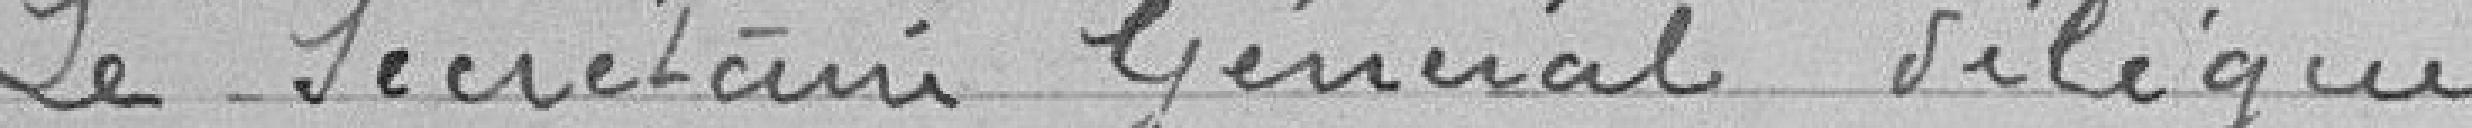
Le Secrétaire Général Délégué